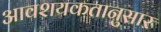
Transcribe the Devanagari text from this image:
आवशयकतानुसार